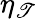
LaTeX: \eta_{\mathscr{T}}